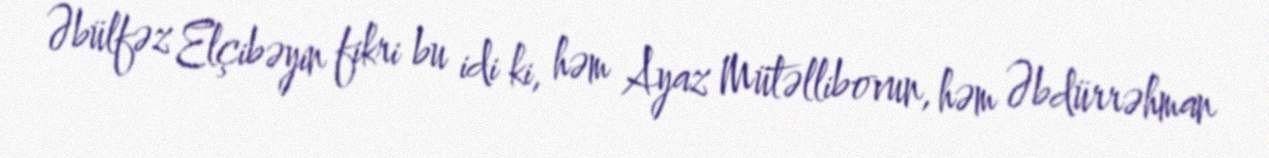
Əbülfəz Elçibəyin fikri bu idi ki, həm Ayaz Mütəllibovun, həm Əbdürrəhman